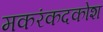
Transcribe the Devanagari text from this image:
मकरंकदकोश